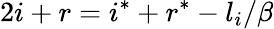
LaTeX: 2i+r=i^{*}+r^{*}-l_{i}/\beta